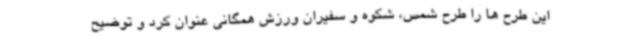
این طرح ها را طرح شمس، شکوه و سفیران ورزش همگانی عنوان کرد و توضیح